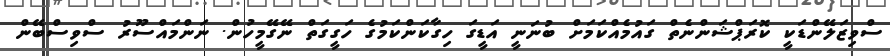
ސްވިޒަލޭންޑަކީީ ކޮރަޕްޝަންނެތް ގައުމެއްކަމަށް ބުނަނީީ އަޑީގަ ހިގާކަންކަމުގެ ހަގީގަތް ނޭގޭމީހުން. ނަންމައްސޫރު ސްވިސްބޭން